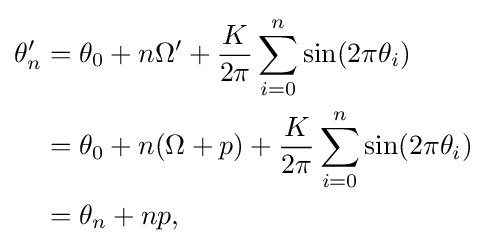
{\begin{aligned}\theta _{n}'&=\theta _{0}+n\Omega '+{\frac {K}{2\pi }}\sum _{i=0}^{n}\sin(2\pi \theta _{i})\\&=\theta _{0}+n(\Omega +p)+{\frac {K}{2\pi }}\sum _{i=0}^{n}\sin(2\pi \theta _{i})\\&=\theta _{n}+np,\end{aligned}}